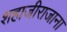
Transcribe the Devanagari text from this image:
शहाजीराजाना